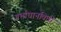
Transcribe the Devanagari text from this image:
गर्भाधानविधी